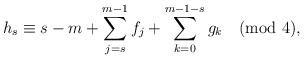
LaTeX: \begin{align*}h_s \equiv s-m+ \sum_{j=s}^{m-1} f_j + \sum_{k=0}^{m-1-s} g_k \pmod{4},\end{align*}